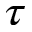
\tau